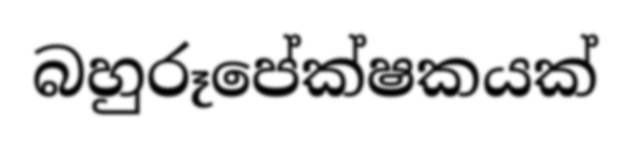
බහුරූපේක්ෂකයක්